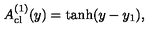
A _ { \mathrm { c l } } ^ { ( 1 ) } ( y ) = \tanh ( y - y _ { 1 } ) ,